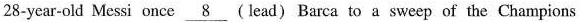
28-year-old Messi once \underline{8} (lead) Barca to a sweep of the Champions